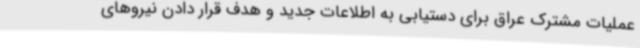
عملیات مشترک عراق برای دستیابی به اطلاعات جدید و هدف قرار دادن نیروهای